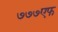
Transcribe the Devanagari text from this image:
७७७एफ